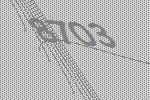
8703